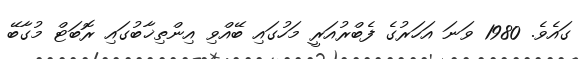
ގައެވެ. 1980 ވަނަ އަހަރުގެ ފެބްރުއަރީ މަހުގައި ބޭއްވި އިންތިޚާބުގައި ރޮބަޓް މުގާބޭ